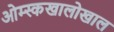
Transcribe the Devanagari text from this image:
ओम्स्कखालोखाल